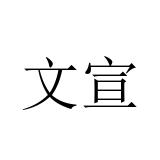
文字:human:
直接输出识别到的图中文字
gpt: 文宣